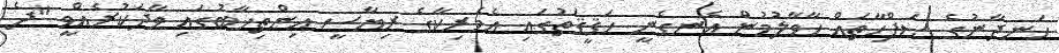
ހަނދާނުގެ ޞަފްހާތައް ހާވާލުމުން އެނގެނީ ހަޤީޤަތުގައި އެމެރިކާގެ ރިޔާސީ އިންތިޚާބުގައި ވާދަކުރެއްވީ "ދެ